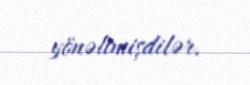
yönəltmişdilər.